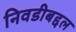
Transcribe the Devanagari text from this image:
निवडीबद्दल